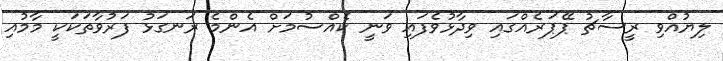
ލިޔުއްވި ރީސާޗު ޕޭޕަރެއްގައި ވިދާޅުވެފައި ވަނީ ކެއްސުމަށް އެންމެ ރަނގަޅު ފަރުވާތަކަކީ މާމުއި